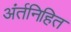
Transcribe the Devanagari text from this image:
अंर्तनिहित